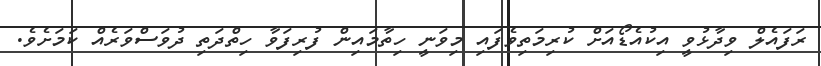
ރަފައެލް ވިދާޅުވީ އިކުއެޑޯއަށް ކުރިމަތިވެފައި މިވަނީ ހިތާމައިން ފުރިފަވާ ހިތްދަތި ދުވަސްވަރެއް ކަމަށެވެ.